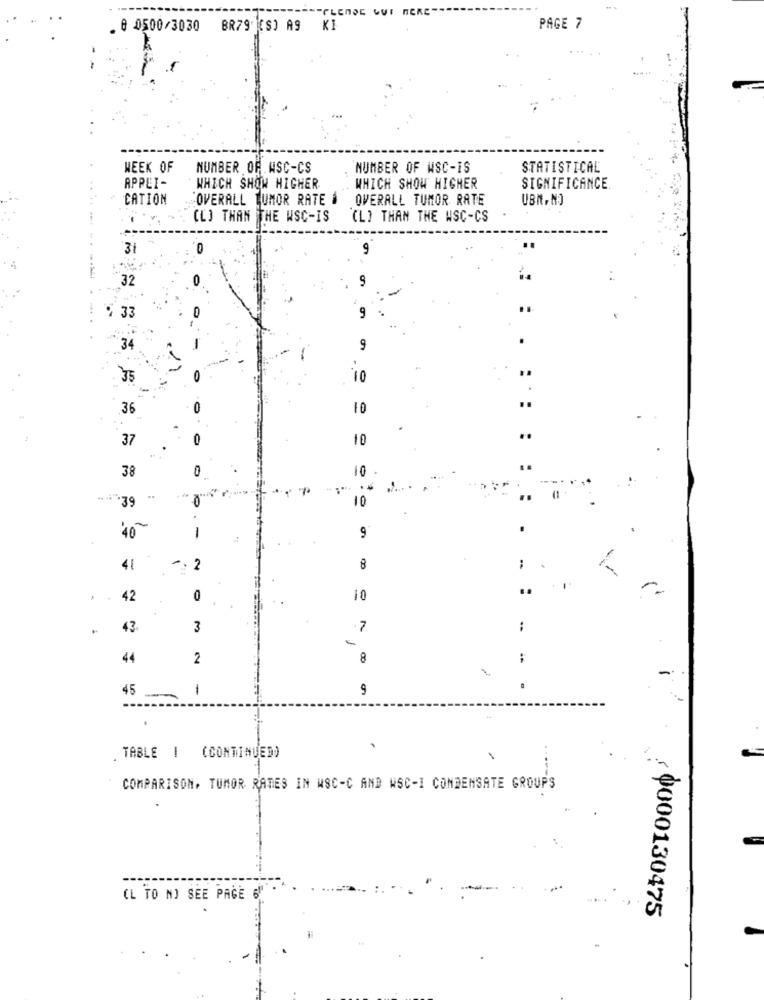
@ 0500/3030 BR79 (S) A9 KI
PAGE 7
. ..
WEEK OF
NUMBER OF WSC-CS
NUMBER OF WSC-IS
STATISTICAL
APPLI-
WHICH SHOW HIGHER
WHICH SHOW HIGHER
SIGNIFICANCE
CATION
OVERALL TUMOR RATE #
OVERALL TUMOR RATE
UBN, NO
......
CL] THAN THE WSC-IS
(L) THAN THE WSC-CS
3
32
5 33
34
9
35
10
36
10
37
10
38
...
** . 39
10
'40
L
9
41
-.
2
8
r.
. .
42
0
10
43
3
7
44
2
00
-
45
-
9
.
-
TABLE | (CONTINUED)
COMPARISON, TUMOR RATES IN WSC-C AND WSC-I CONDENSATE GROUPS
(L TO N) SEE PAGE 6
, 0000130475